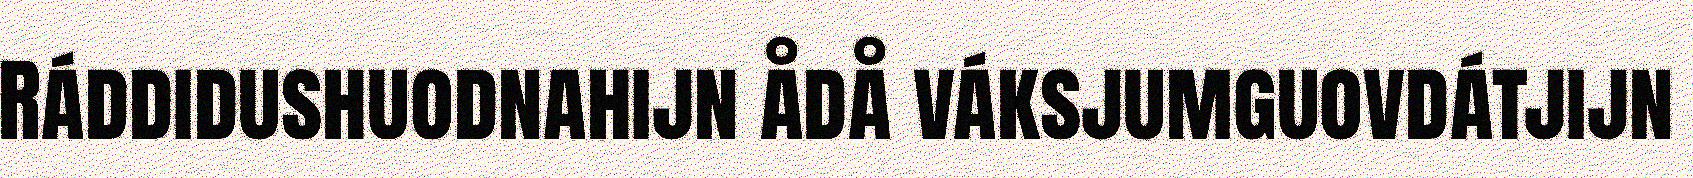
Ráddidushuodnahijn ådå váksjumguovdátjijn